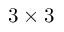
3 \times 3